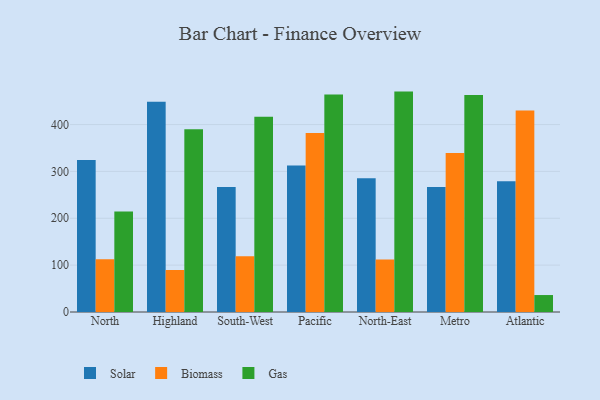
{"axis": {"x": "Region", "y": "LTV (USD)"}, "legend": ["Biomass", "Gas", "Solar"], "data": [{"x": "North", "y": 324.5, "type": "Solar"}, {"x": "North", "y": 112.8, "type": "Biomass"}, {"x": "North", "y": 214.2, "type": "Gas"}, {"x": "Highland", "y": 448.6, "type": "Solar"}, {"x": "Highland", "y": 89.6, "type": "Biomass"}, {"x": "Highland", "y": 390.2, "type": "Gas"}, {"x": "South-West", "y": 266.9, "type": "Solar"}, {"x": "South-West", "y": 118.9, "type": "Biomass"}, {"x": "South-West", "y": 416.5, "type": "Gas"}, {"x": "Pacific", "y": 312.7, "type": "Solar"}, {"x": "Pacific", "y": 382.1, "type": "Biomass"}, {"x": "Pacific", "y": 463.9, "type": "Gas"}, {"x": "North-East", "y": 285.6, "type": "Solar"}, {"x": "North-East", "y": 111.8, "type": "Biomass"}, {"x": "North-East", "y": 470.3, "type": "Gas"}, {"x": "Metro", "y": 266.9, "type": "Solar"}, {"x": "Metro", "y": 339.5, "type": "Biomass"}, {"x": "Metro", "y": 462.8, "type": "Gas"}, {"x": "Atlantic", "y": 278.8, "type": "Solar"}, {"x": "Atlantic", "y": 429.9, "type": "Biomass"}, {"x": "Atlantic", "y": 36.2, "type": "Gas"}]}